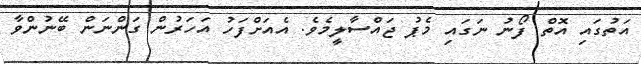
އަތުގައި އޮތް ފޯނު ނަގައި މެޕު ޖައްސާލީމެވެ. އެއަށްފަހު އަހަރުން ގަންނަން ބޭނުންވާ